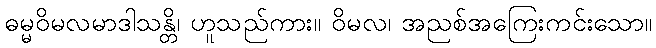
ဓမ္မဝိမလမာဒါသန္တိ၊ ဟူသည်ကား။ ဝိမလ၊ အညစ်အကြေးကင်းသော။